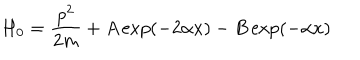
H _ { 0 } = \frac { p ^ { 2 } } { 2 m } + A \exp ( - 2 \alpha x ) - B \exp ( - \alpha x )